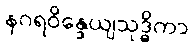
နဂရဝိန္ဒေယျသုဒ္ဓိကာ